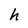
Character: h